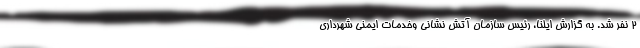
۲ نفر شد. به گزارش ایلنا، رئیس سازمان آتش نشانی وخدمات ایمنی شهرداری